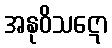
အနုဝိသဋော